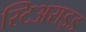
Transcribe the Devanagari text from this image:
स्टिअराइड